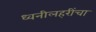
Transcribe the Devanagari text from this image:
ध्वनीलहरींचा